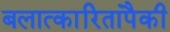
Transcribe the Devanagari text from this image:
बलात्‍कारितांपैकी